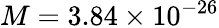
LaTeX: M=3.84\times 10^{-26}